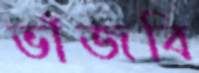
ভাঁজবি